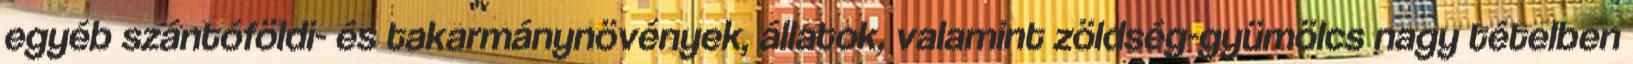
egyéb szántóföldi- és takarmánynövények, állatok, valamint zöldség-gyümölcs nagy tételben